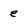
Character: e